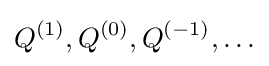
Q^{(1)},Q^{(0)},Q^{(-1)},\ldots